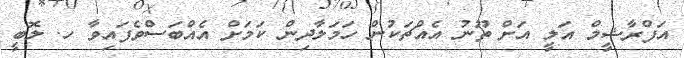
އަފްރާޝީމް އަލީ އަށް ތޫނު އެއްޗަކުން ހަމަލާދިން ކަމަށް އެއްބަސްވެފައިވާ ހ. ލޮބީ